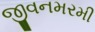
જીવનમરમી